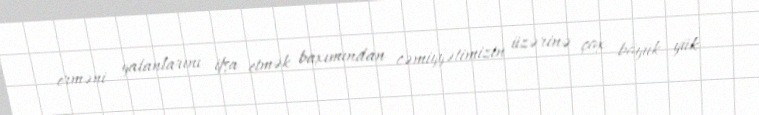
erməni yalanlarını ifşa etmək baxımından cəmiyyətimizin üzərinə çox böyük yük